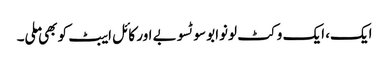
ایک، ایک وکٹ لونوابو سوٹسوبے اور کائل ایبٹ کو بھی ملی۔